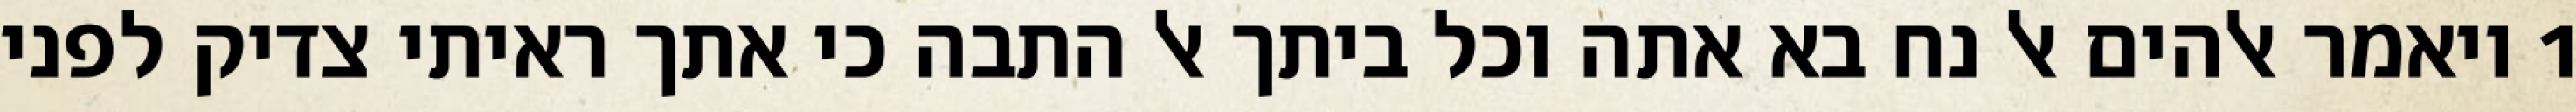
1 ויאמר אלהים אל נח בא אתה וכל ביתך אל התבה כי אתך ראיתי צדיק לפני